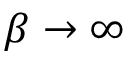
\beta \to \infty